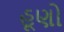
હૂણો